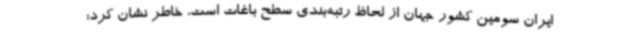
ایران سومین کشور جهان از لحاظ رتبه‌بندی سطح باغات است، خاطر نشان کرد: